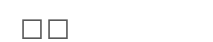
٣٢